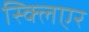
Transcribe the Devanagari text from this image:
स्क्लिएर